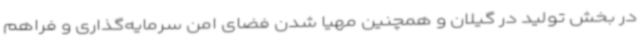
در بخش تولید در گیلان و همچنین مهیا شدن فضای امن سرمایه‌گذاری و فراهم